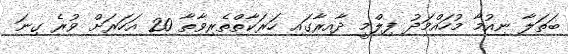
ބަތަލާ ނިއުމާ މުހައްމަދު ފިލްމީ ދާއިރާގައި ހަރަކާތްތެރިވާތާ 20 އަހަރަށް ވުރެ ގިނަ